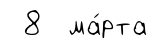
8 ма́рта